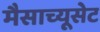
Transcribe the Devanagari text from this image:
मैसाच्यूसेट